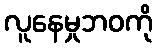
လူနေမှုဘဝကို